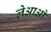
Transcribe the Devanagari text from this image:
लेआओ